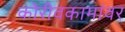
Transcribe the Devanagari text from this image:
कोरीवकामांवर